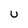
Character: u